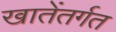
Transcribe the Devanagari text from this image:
खातेंतर्गत